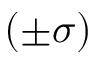
( \pm \sigma )